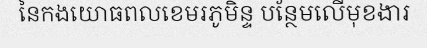
នៃកងយោធពលខេមរភូមិន្ទ បន្ថែមលើមុខងារ